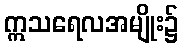
ဣသရေလအမျိုး၌